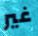
غير